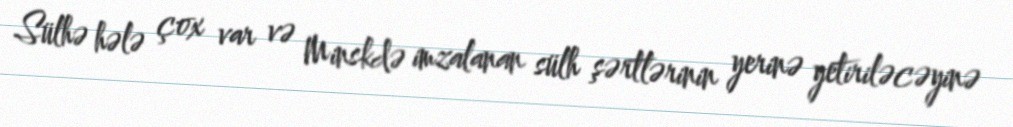
Sülhə hələ çox var və Minskdə imzalanan sülh şərtlərinin yerinə yetiriləcəyinə